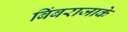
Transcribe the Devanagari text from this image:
बिंबराजाके